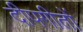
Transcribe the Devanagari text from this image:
दीपगीतों